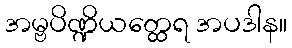
အမ္ဗပိဏ္ဍိယတ္ထေရ အပဒါန။